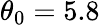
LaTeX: \theta_{0}=5.8